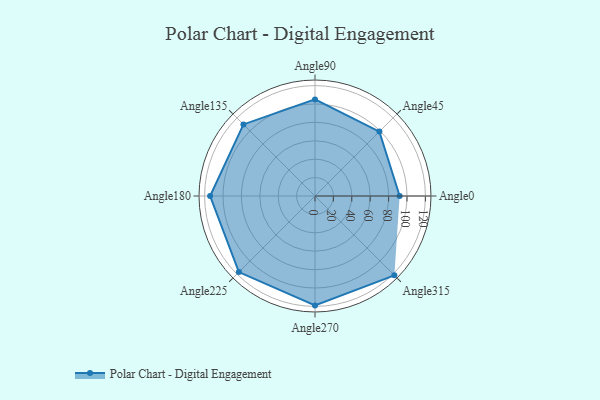
{"axis": {"x": "Angle", "y": "Radius"}, "legend": [""], "data": [{"x": "Angle0", "y": 92.0, "type": ""}, {"x": "Angle45", "y": 99.0, "type": ""}, {"x": "Angle90", "y": 105.0, "type": ""}, {"x": "Angle135", "y": 110.0, "type": ""}, {"x": "Angle180", "y": 114.0, "type": ""}, {"x": "Angle225", "y": 117.0, "type": ""}, {"x": "Angle270", "y": 119.0, "type": ""}, {"x": "Angle315", "y": 122.0, "type": ""}]}